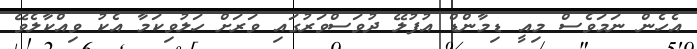
އެހެން ނަމަވެސް މިއީ ޑިމާންޑް އުފުލޭ ދުވަސްވަރުގައި ވަރަށް ހަލުވިކަމާ އެކު ވިއްކާލެވޭ